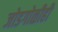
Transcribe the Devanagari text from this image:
जोडगोळीही